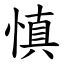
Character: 慎